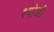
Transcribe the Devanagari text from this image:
श्योजी